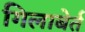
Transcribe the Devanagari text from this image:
गिलाबेर्त